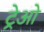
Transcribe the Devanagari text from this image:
ट्रेओ